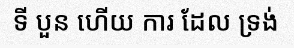
ទី បួន ហើយ ការ ដែល ទ្រង់